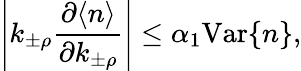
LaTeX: \left|k_{\pm\rho}\frac{\partial\langle n\rangle}{\partial k_{\pm\rho}}\right|\leq\alpha_{1}\mathrm{Var}\{ n\} ,